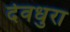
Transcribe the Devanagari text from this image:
देवधुरा